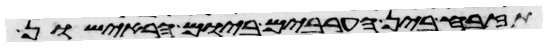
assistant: תזבח בין הערבים ביום הראישון